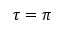
\tau = \pi